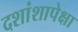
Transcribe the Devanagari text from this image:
दशांशापेक्षा